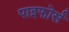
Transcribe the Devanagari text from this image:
पाइफोर्स